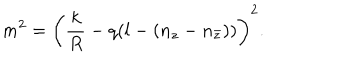
m ^ { 2 } = \left( \frac k R - q ( l - ( n _ { z } - n _ { \bar { z } } ) ) \right) ^ { 2 } .